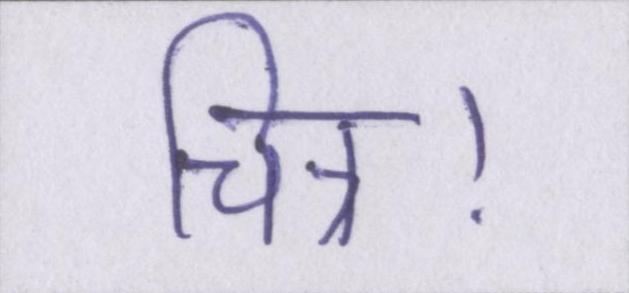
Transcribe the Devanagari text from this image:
चित्र।